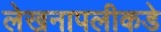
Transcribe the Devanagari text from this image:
लेखनापलीकडे